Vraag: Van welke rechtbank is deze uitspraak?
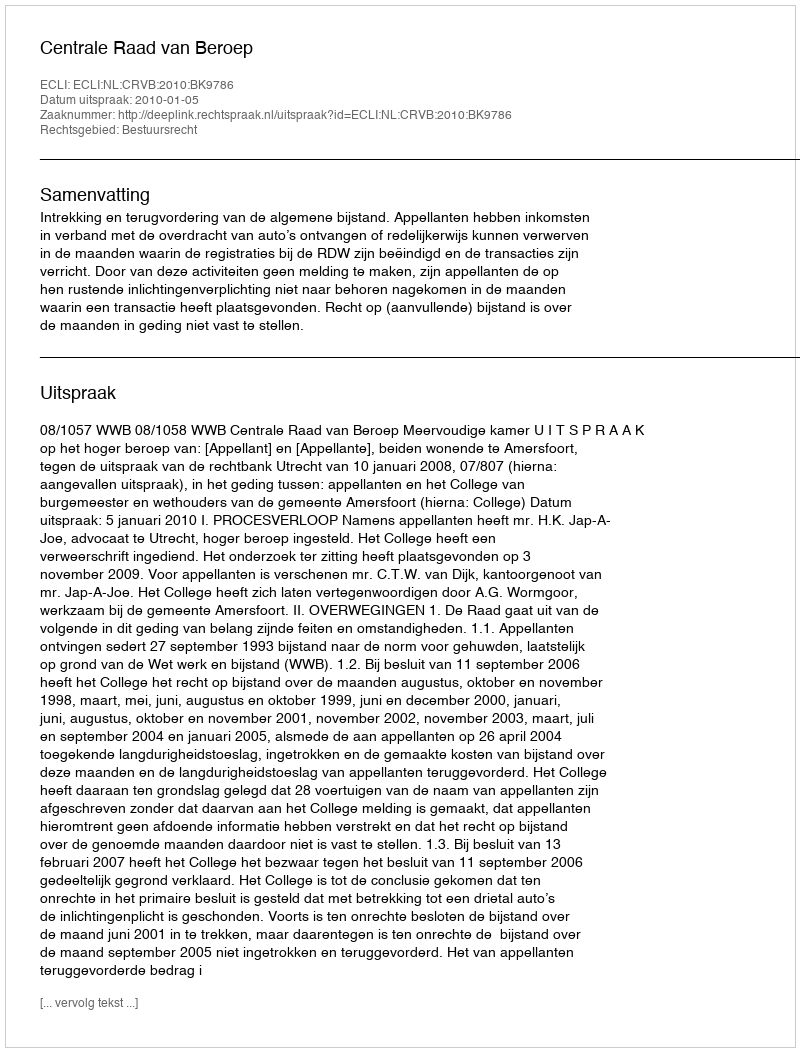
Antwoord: Centrale Raad van Beroep